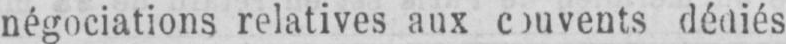
négociations relatives aux couvents dédiés